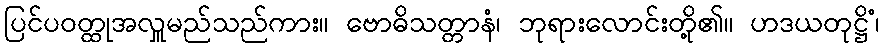
ပြင်ပဝတ္ထုအလှူမည်သည်ကား။ ဗောဓိသတ္တာနံ၊ ဘုရားလောင်းတို့၏။ ဟဒယတုဋ္ဌိံ၊